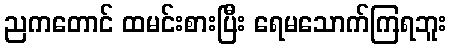
ညကတောင် ထမင်းစားပြီး ရေမသောက်ကြရဘူး